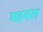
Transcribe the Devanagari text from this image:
महवल